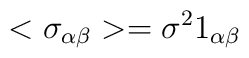
<\sigma_{\alpha\beta}>=\sigma^2 1_{\alpha\beta}